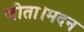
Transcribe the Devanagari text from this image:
जीता।मदन